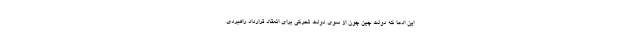
این ادعا که دولت چین چون از سوی دولت تحرکی برای انعقاد قرارداد راهبردی